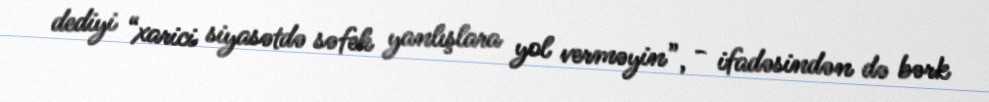
dediyi “xarici siyasətdə səfeh yanlışlara yol verməyin”, - ifadəsindən də bərk